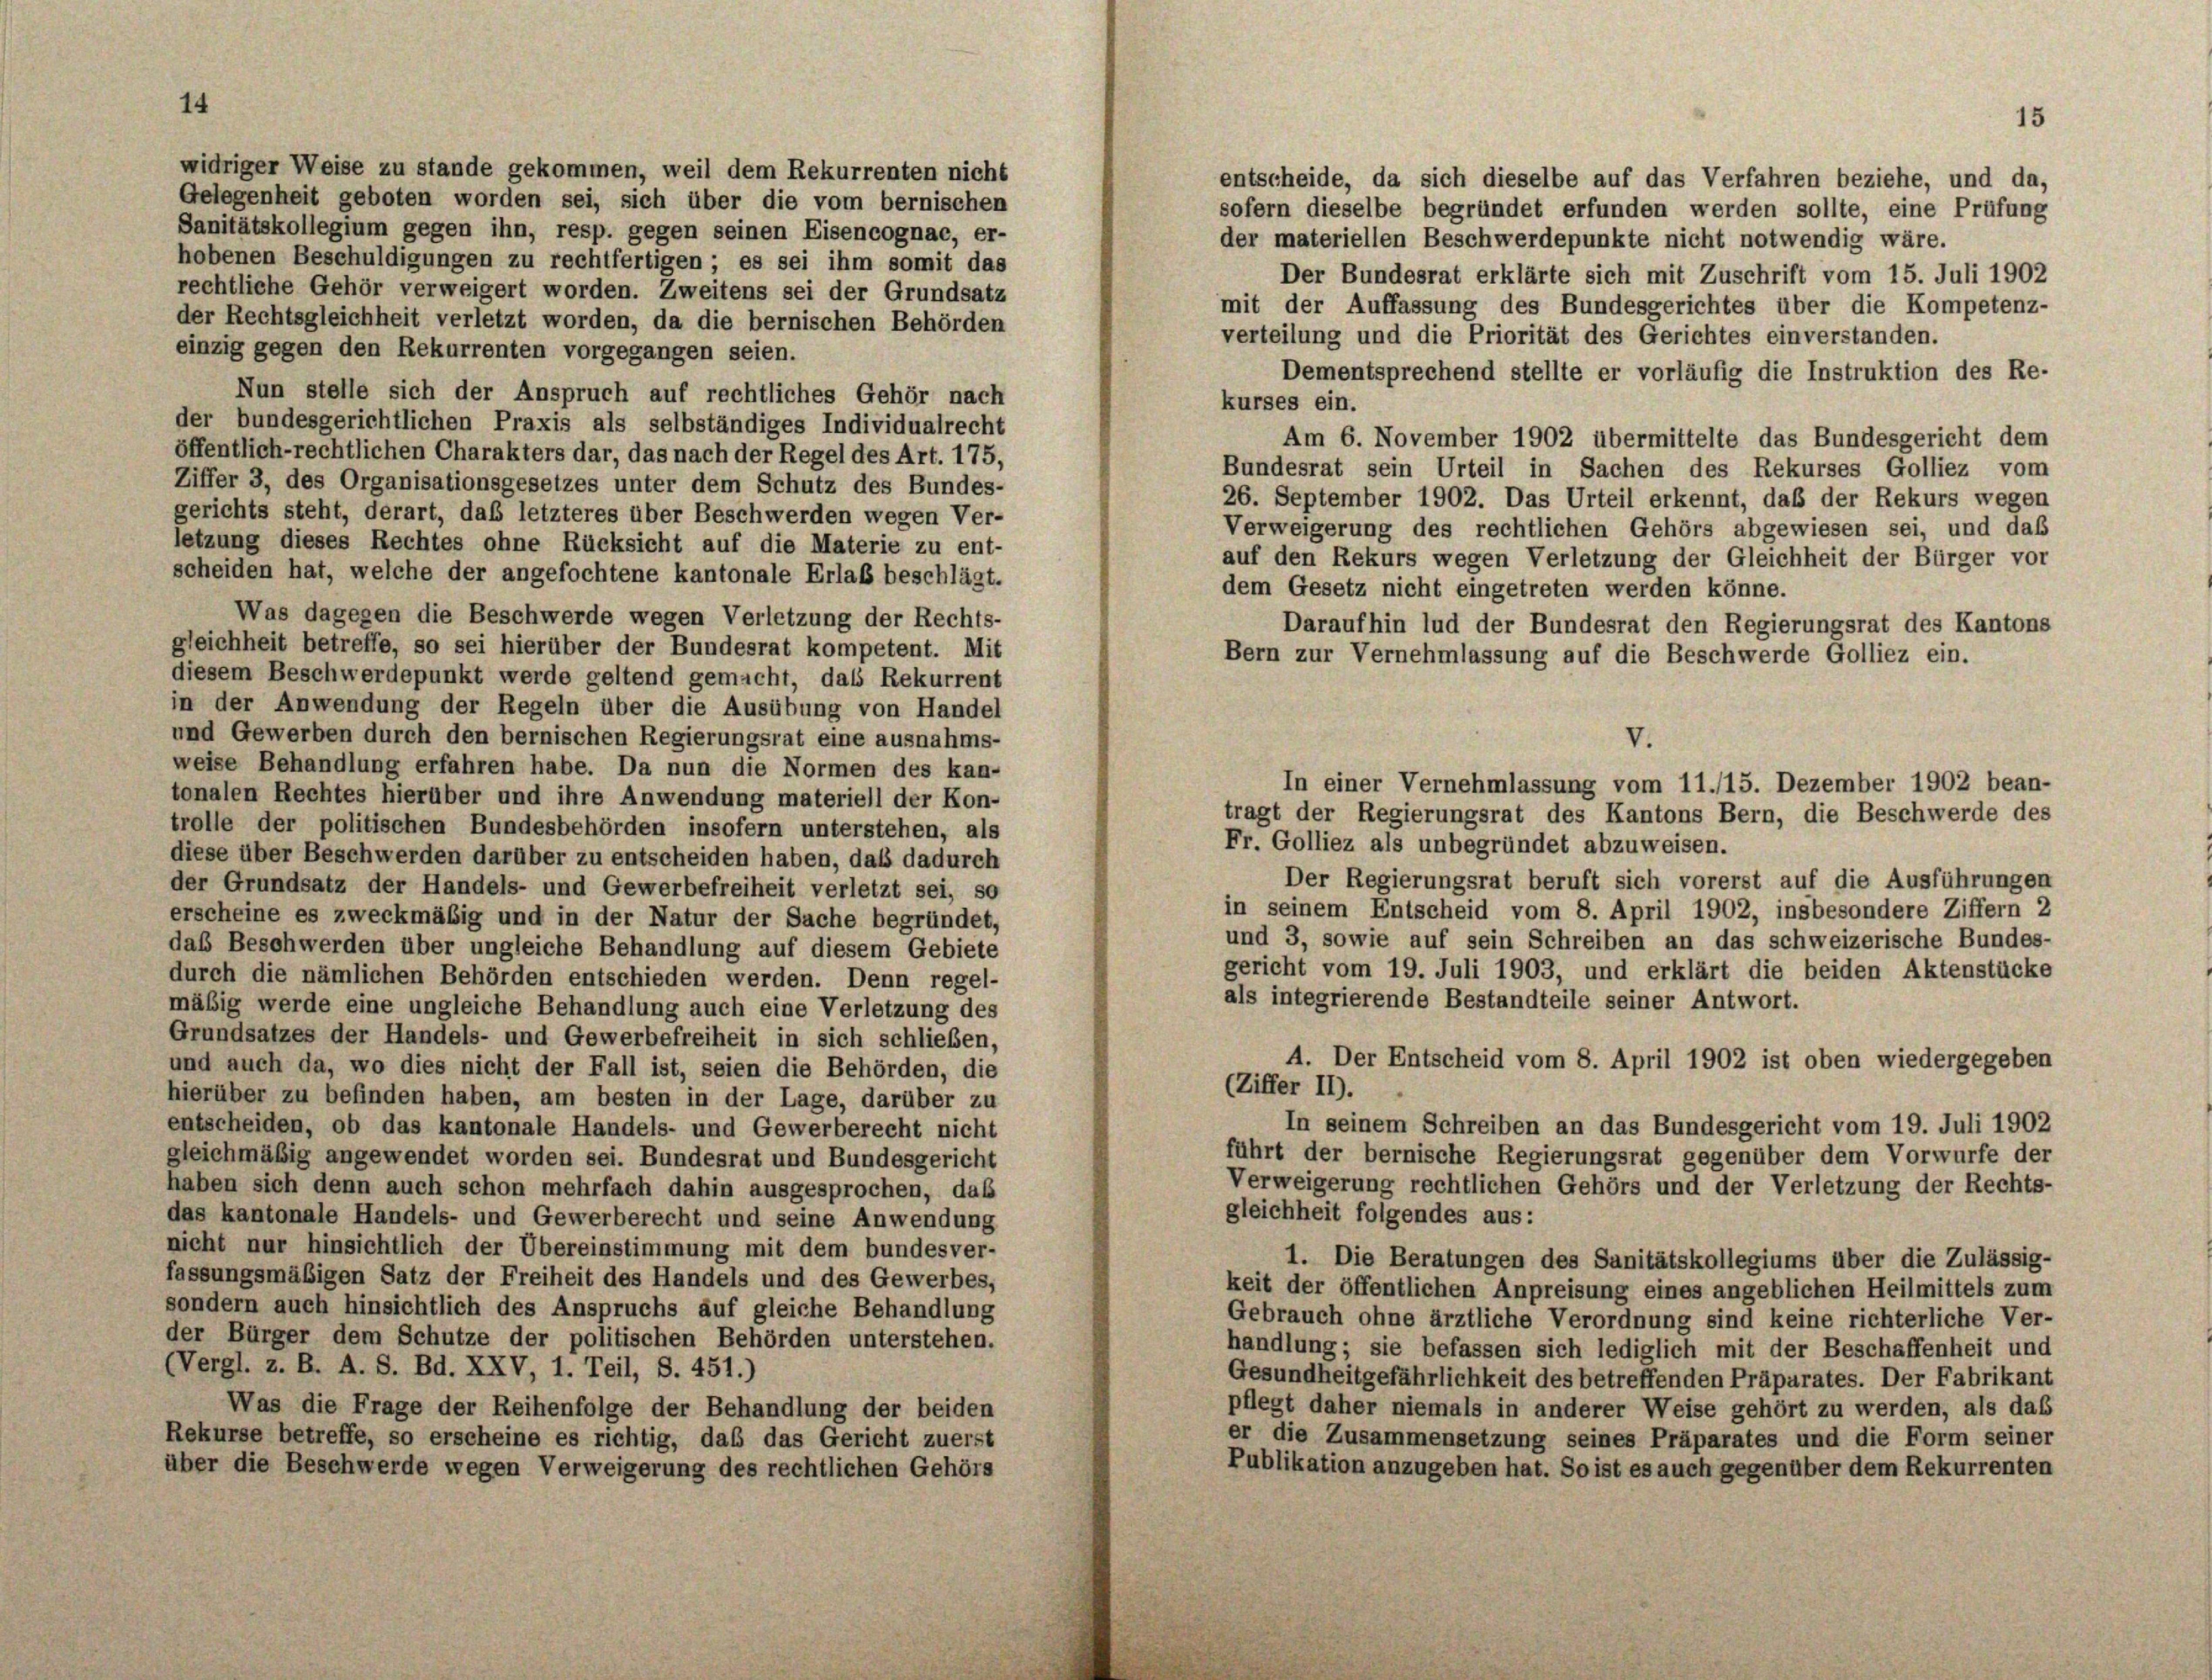
Gelegenheit geboten worden sei, sich über die vom bernischen
Sanitätskollegium gegen ihn, resp. gegen seinen Eisencognae, er-
hobenen Beschuldigungen zu rechtfertigen; es sei ihm somit das
rechtliche Gehör verweigert worden. Zweitens sei der Grundsatz
mit der Auffassung des Bundesgerichtes über die Kompetenz-
der Rechtsgleichheit verletzt worden, da die bernischen Behörden
verteilung und die Priorität des Gerichtes einverstanden.
einzig gegen den Rekurrenten vorgegangen seien.
Dementsprechend stellte er vorläufig die Instruktion des Re-
Nun stelle sich der Anspruch auf rechtliches Gehör nach
kurses ein.
der bundesgerichtlichen Praxis als selbständiges Individualrecht
Am 6. November 1902 übermittelte das Bundesgericht dem
öffentlich-rechtlichen Charakters dar, das nach der Regel des Art. 175,
Bundesrat sein Urteil in Sachen des Rekurses Golliez vom
Ziffer 3, des Organisationsgesetzes unter dem Schutz des Bundes-
26. September 1902. Das Urteil erkennt, daß der Rekurs wegen
gerichts steht, derart, daß letzteres über Beschwerden wegen Ver-
Verweigerung des rechtlichen Gehörs abgewiesen sei, und daß
letzung dieses Rechtes ohne Rücksicht auf die Materie zu ent-
auf den Rekurs wegen Verletzung der Gleichheit der Bürger vor
scheiden hat, welche der angefochtene kantonale Erlaß beschlägt.
Was dagegen die Beschwerde wegen Verletzung der Rechts-
Daraufhin lud der Bundesrat den Regierungsrat des Kantons
gleichheit betreffe, so sei hierüber der Bundesrat kompetent. Mit
Bern zur Vernehmlassung auf die Beschwerde Golliez ein.
diesem Beschwerdepunkt werde geltend gemacht, das Rekurrent
in der Anwendung der Regeln über die Ausübung von Handel
und Gewerben durch den bernischen Regierungsrat eine ausnahms-
weise Behandlung erfahren habe. Da nun die Normen des kan-
In einer Vernehmlassung vom 11./15. Dezember 1902 bean-
tonalen Rechtes hierüber und ihre Anwendung materiell der Kon-
tragt der Regierungsrat des Kantons Bern, die Beschwerde des
trolle der politischen Bundesbehörden insofern unterstehen, als
Fr. Golliez als unbegründet abzuweisen.
diese über Beschwerden darüber zu entscheiden haben, daß dadurch
Der Regierungsrat beruft sich vorerst auf die Ausführungen
der Grundsatz der Handels- und Gewerbefreiheit verletzt sei, so
in seinem Entscheid vom 8. April 1902, insbesondere Ziffern 2
erscheine es zweckmäßig und in der Natur der Sache begründet,
und 3, sowie auf sein Schreiben an das schweizerische Bundes-
das Beschwerden über ungleiche Behandlung auf diesem Gebiete
gericht vom 19. Juli 1903, und erklärt die beiden Aktenstücke
durch die nämlichen Behörden entschieden werden. Denn regel-
als integrierende Bestandteile seiner Antwort.
mäßig werde eine ungleiche Behandlung auch eine Verletzung des
Grundsatzes der Handels- und Gewerbefreiheit in sich schließen,
4. Der Entscheid vom 8. April 1902 ist oben wiedergegeben
und auch da, wo dies nicht der Fall ist, seien die Behörden, die
(Ziffer II).
hierüber zu befinden haben, am besten in der Lage, darüber zu
In seinem Schreiben an das Bundesgericht vom 19. Juli 1902
entscheiden, ob das kantonale Handels- und Gewerberecht nicht
führt der bernische Regierungsrat gegenüber dem Vorwurfe der
gleichmäßig angewendet worden sei. Bundesrat und Bundesgericht
Verweigerung rechtlichen Gehörs und der Verletzung der Rechts-
haben sich denn auch schon mehrfach dahin ausgesprochen, das
gleichheit folgendes aus:
das kantonale Handels- und Gewerberecht und seine Anwendung
nicht nur hinsichtlich der Übereinstimmung mit dem bundesver-
1. Die Beratungen des Sanitätskollegiums über die Zulässig-
fassungsmäßigen Satz der Freiheit des Handels und des Gewerbes,
keit der öffentlichen Anpreisung eines angeblichen Heilmittels zum
sondern auch hinsichtlich des Anspruchs auf gleiche Behandlung
Gebrauch ohne ärztliche Verordnung sind keine richterliche Ver-
der Bürger dem Schutze der politischen Behörden unterstehen.
handlung; sie befassen sich lediglich mit der Beschaffenheit und
(Vergl. z. B. A. S. Bd. XXV, 1. Teil, S. 451.)
Gesundheitgefährlichkeit des betreffenden Präparates. Der Fabrikant
Was die Frage der Reihenfolge der Behandlung der beiden
pflegt daher niemals in anderer Weise gehört zu werden, als das
Rekurse betreffe, so erscheine es richtig, daß das Gericht zuerst
er die Zusammensetzung seines Präparates und die Form seiner
Publikation anzugeben hat. So ist es auch gegenüber dem Rekurrenten
über die Beschwerde wegen Verweigerung des rechtlichen Gehörs

widriger Weise zu stande gekommen, weil dem Rekurrenten nicht

entscheide, da sich dieselbe auf das Verfahren beziehe, und da,
sofern dieselbe begründet erfunden werden sollte, eine Prüfung
der materiellen Beschwerdepunkte nicht notwendig wäre.
Der Bundesrat erklärte sich mit Zuschrift vom 15. Juli 1902

dem Gesetz nicht eingetreten werden könne.

V.

15